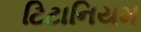
ટિટાનિયમ